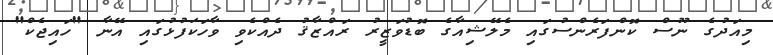
މިއަދުގެ ނޫސް ކޮންފަރެންސުގައި މެލޭޝިއާގެ ބޮޑުވަޒީރު ރައްޒާޤު ދެއްކެވި ވާހަކަފުޅުގައި އޭނާ "ހައިޖެކް"